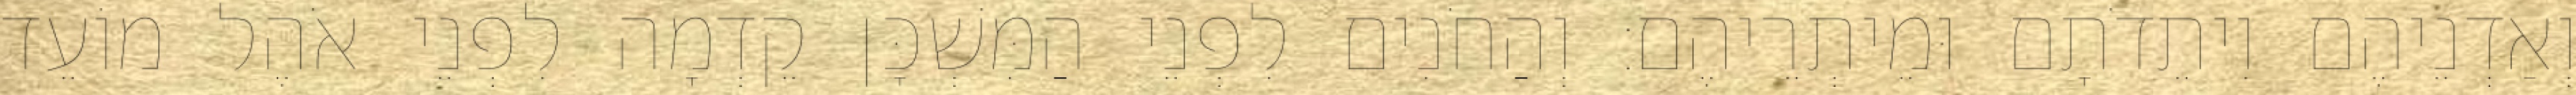
וְאַדְנֵיהֶם וִיתֵדֹתָם וּמֵיתְרֵיהֶם׃ וְהַחֹנִים לִפְנֵי הַמִּשְׁכָּן קֵדְמָה לִפְנֵי אֹהֶל מוֹעֵד